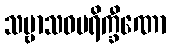
သဗ္ဗာသဝပရိက္ခီဏော